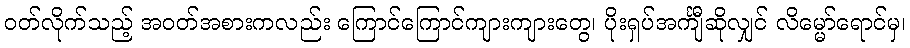
ဝတ်လိုက်သည့် အဝတ်အစားကလည်း ကြောင်ကြောင်ကျားကျားတွေ၊ ပိုးရှပ်အင်္ကျီဆိုလျှင် လိမ္မော်ရောင်မှ၊